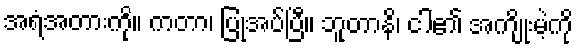
အရံအတားကို။ ကတာ၊ ပြုအပ်ပြီ။ ဘူတာနိ၊ ငါ၏ အကျိုးမဲ့ကို